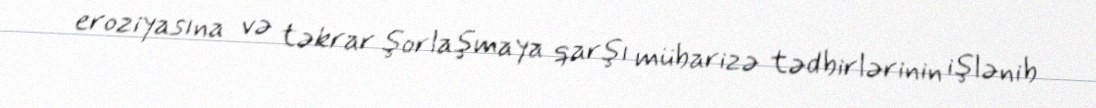
eroziyasına və təkrar şorlaşmaya qarşı mübarizə tədbirlərinin işlənib